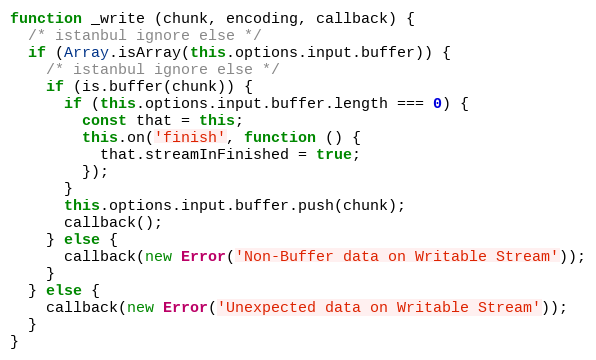
Language: JavaScript
function _write (chunk, encoding, callback) {
  /* istanbul ignore else */
  if (Array.isArray(this.options.input.buffer)) {
    /* istanbul ignore else */
    if (is.buffer(chunk)) {
      if (this.options.input.buffer.length === 0) {
        const that = this;
        this.on('finish', function () {
          that.streamInFinished = true;
        });
      }
      this.options.input.buffer.push(chunk);
      callback();
    } else {
      callback(new Error('Non-Buffer data on Writable Stream'));
    }
  } else {
    callback(new Error('Unexpected data on Writable Stream'));
  }
}